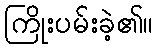
ကြိုးပမ်းခဲ့၏။